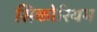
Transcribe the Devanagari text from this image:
सिकोरियम